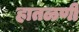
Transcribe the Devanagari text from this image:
हातळणी